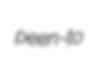
peen-to